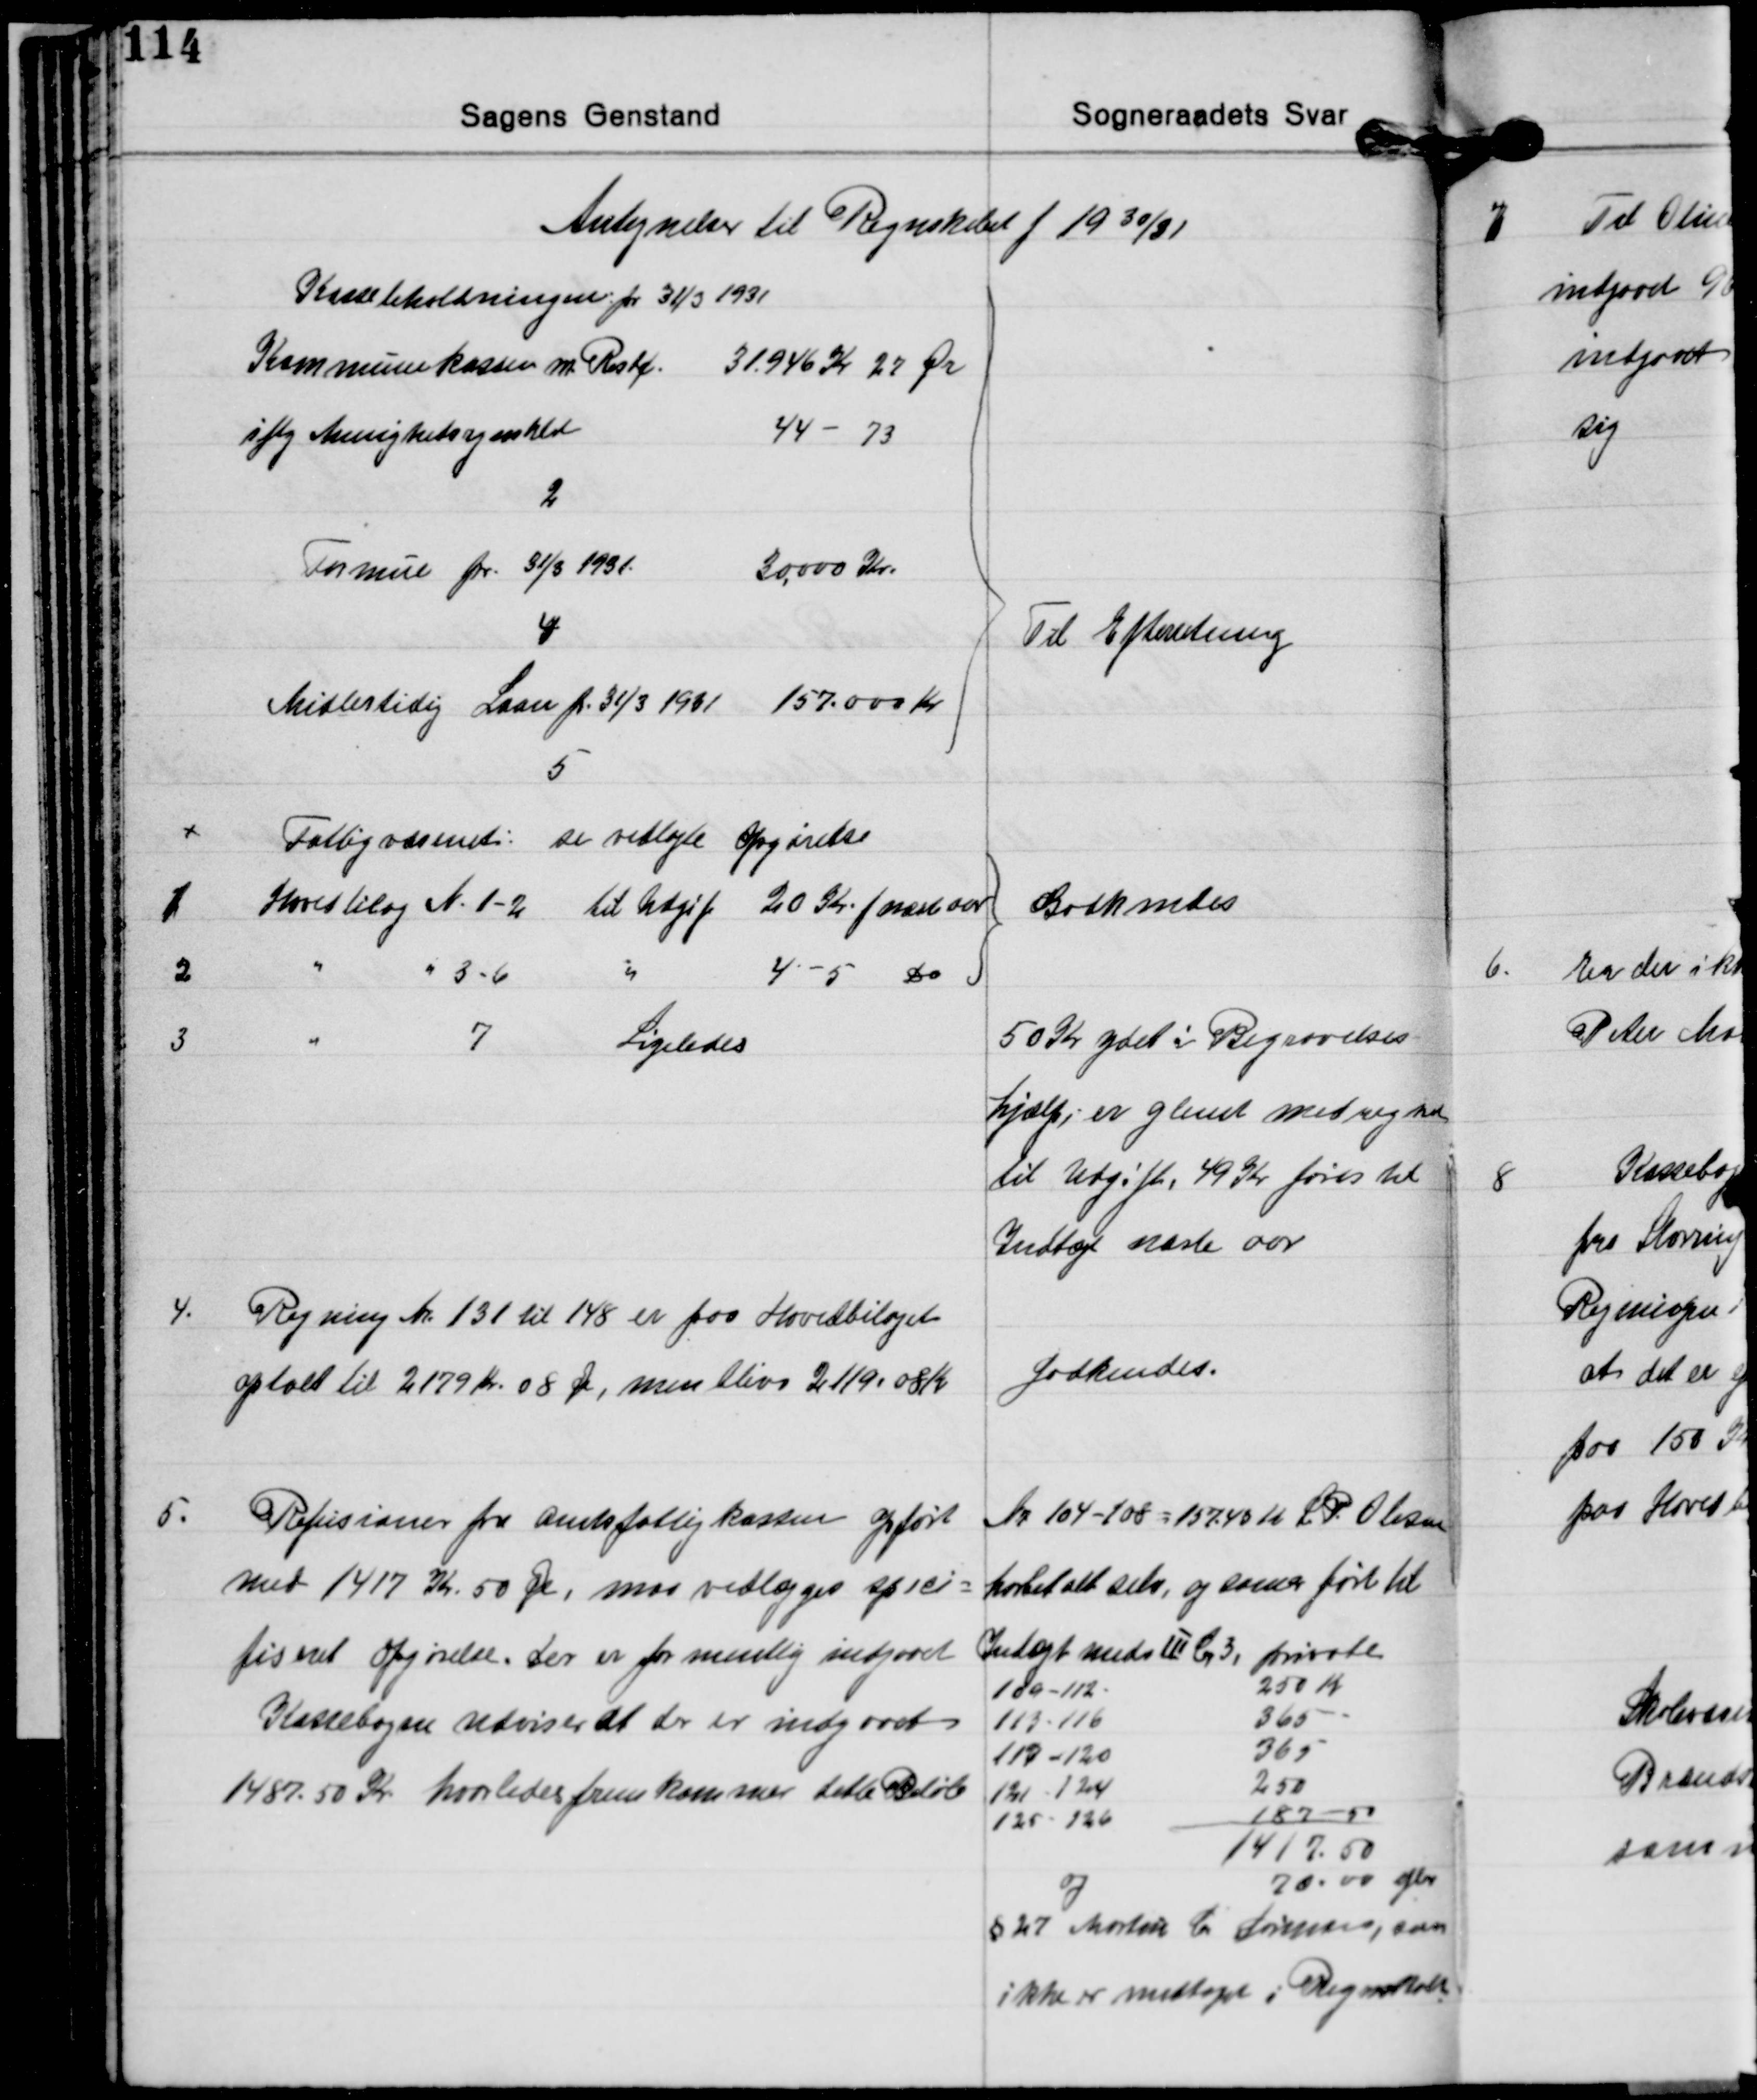
Transskription:
Antegnelser til Regnskabet f 1930/31

Kassebeholdningen pr. 31/3 1931
Kommunekassen m. Restg. 31.946 Kr 27 Øre
iflg. Menighedsregnskab 44 -73

2
Formue pr. 31/3 1931. 30.000 Kr.

Til Efterretning

4
Midlertidig Laan pr. 31/3 1931 157.000 Kr.

5
Fattigvæsenet: se vedlagte Opgørelse
1 Hovedbilag N. 1-2 til Udgift 20 Kr. f. næste aar
2 " N. 3-6 " 4-5 Do
3 " 7 Ligeledes

Godkendes

50 Kr. ydet i Begravelses-
hjælp, er glemt medregnet
til Udgift, 49 Kr. føres til
Indtægt næste aar

4.
Regning Nr. 131 til 148 er paa Hovedbilaget
optalt til 2179 Kr 08 Øre, men bliver 2119,08 Kr.

Godkendes.

5.
Refusioner fra Amtsfattigkassen opført
med 1417 Kr. 50 Øre, maa vedlægges speci-
fiseret opgørelse. Der er formentlig indgaaet
Kassebogen udviser at der er indgaaet
1487.50 Kr. hvorledes fremkommer dette Beløb

Nr 104-108 = 157.43 Kr. L P. Olesen
køret alt selv, og sum ført til
Indtægt meds Ⅲ C. 3, private
100-112
250 Kr.
113-116
365 -
117-120
365
121-124
250
125-126
187 - 50
1417.50
og
70.00 
§ 27 Martin C. Sørensen, som
ikke er medtaget i Regnskab